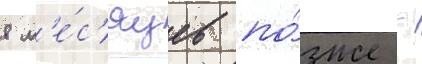
8 м'е́с'яцев по́зже -